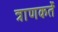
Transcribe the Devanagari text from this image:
त्राणकर्ते